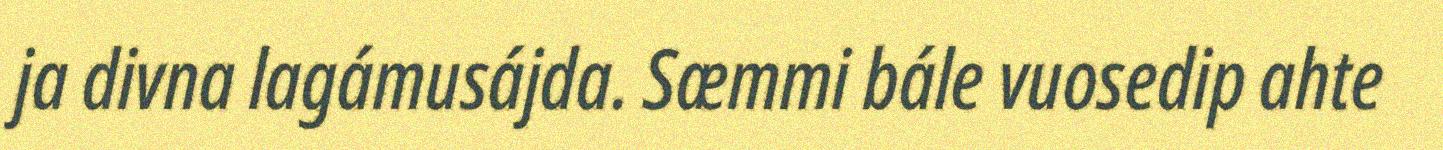
ja divna lagámusájda. Sæmmi bále vuosedip ahte